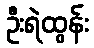
ဦးရဲထွန်း